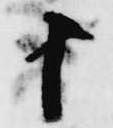
十